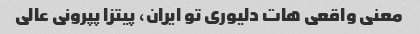
معنی واقعی هات دلیوری تو ایران، پیتزا پپرونی عالی